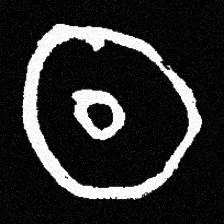
Pyu character \u2014 Myanmar letter: ထ (romanized: tha)